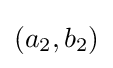
\left(a_{2},b_{2}\right)